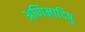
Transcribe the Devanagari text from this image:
अणिमादिषु